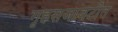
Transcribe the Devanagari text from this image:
गृहसजावटीत